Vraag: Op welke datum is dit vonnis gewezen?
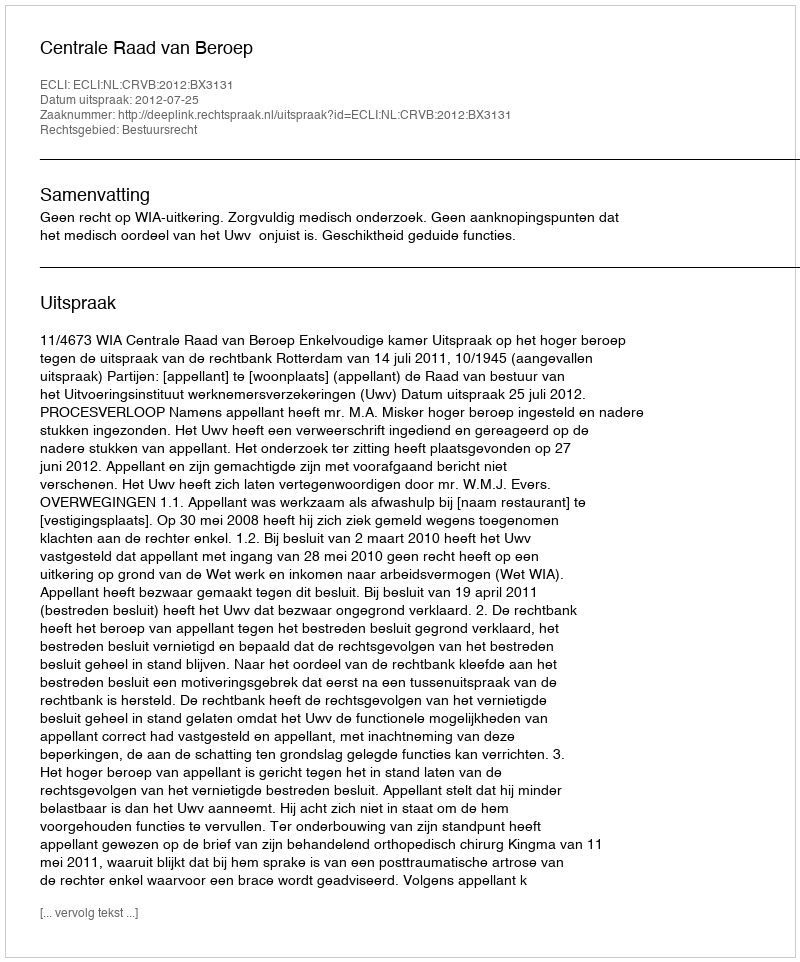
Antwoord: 2012-07-25